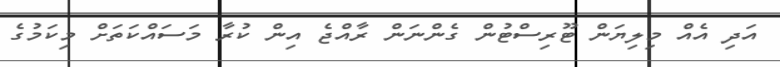
އަދި އެއް މިލިޔަން ޓޫރިސްޓުން ގެންނަން ރާއްޖެ އިން ކުރާ މަސައްކަތަށް މިކަމުގެ